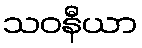
သဝနီယာ